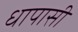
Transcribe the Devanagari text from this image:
धापासी